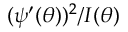
( \psi ^ { \prime } ( \theta ) ) ^ { 2 } / I ( \theta )